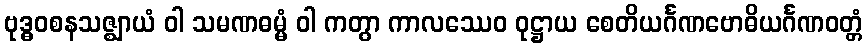
ဗုဒ္ဓဝစနသဇ္ဈာယံ ဝါ သမဏဓမ္မံ ဝါ ကတွာ ကာလဿေဝ ဝုဋ္ဌာယ စေတိယင်္ဂဏဗောဓိယင်္ဂဏဝတ္တံ